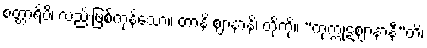
စတ္တာရိပိ၊ လည်းဖြစ်ကုန်သော။ တာနိ ဈာနာနိ၊ တို့ကို။ “ကုက္ကုဋဈာနာနီ”တိ၊